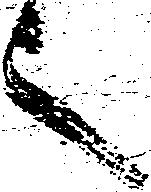
言